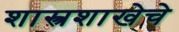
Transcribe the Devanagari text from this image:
शास्त्रशाखेचे